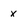
Character: x